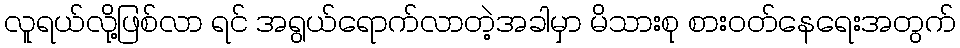
လူရယ်လို့ဖြစ်လာ ရင် အရွယ်ရောက်လာတဲ့အခါမှာ မိသားစု စားဝတ်နေရေးအတွက်